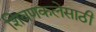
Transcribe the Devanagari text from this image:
शिवणकलेसाठी